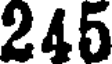
245